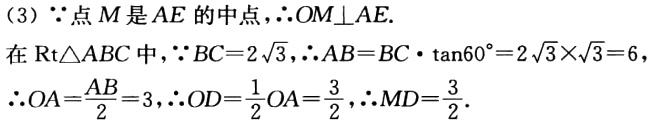
(3) $\because$点$M$是$AE$的中点，$\therefore OM\perp AE$.

在$\mathrm{Rt}\triangle ABC$中，$\because BC = 2\sqrt{3}$，$\therefore AB=BC\cdot\tan60^{\circ}=2\sqrt{3}\times\sqrt{3}=6$，

$\therefore OA=\frac{AB}{2}=3$，$\therefore OD = \frac{1}{2}OA=\frac{3}{2}$，$\therefore MD=\frac{3}{2}$.